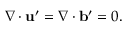
\nabla \cdot { \bf { u } } ^ { \prime } = \nabla \cdot { \bf { b } } ^ { \prime } = 0 .